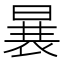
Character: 𱢒